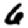
Digit: 6